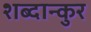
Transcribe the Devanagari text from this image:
शब्दान्कुर